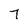
Character: 7